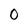
Character: 0